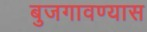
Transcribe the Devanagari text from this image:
बुजगावण्यास